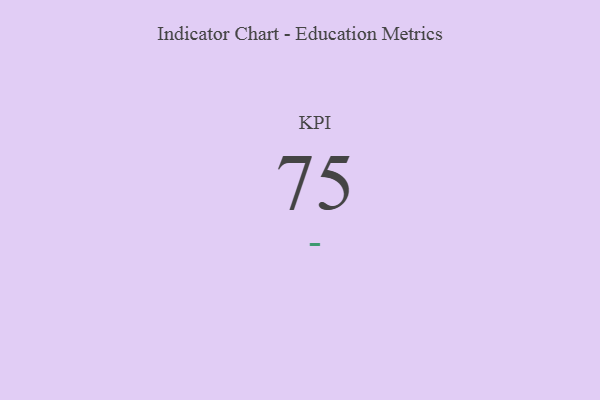
{"axis": {"x": "KPI", "y": "Value"}, "legend": [""], "data": [{"x": "KPI", "y": 75, "type": ""}]}